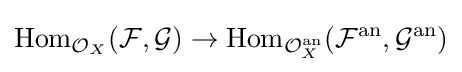
{\text{Hom}}_{{\mathcal {O}}_{X}}({\mathcal {F}},{\mathcal {G}})\rightarrow {\text{Hom}}_{{\mathcal {O}}_{X}^{\text{an}}}({\mathcal {F}}^{\text{an}},{\mathcal {G}}^{\text{an}})